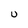
Character: U